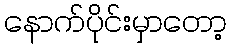
နောက်ပိုင်းမှာတော့